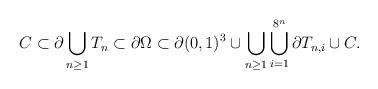
LaTeX: \begin{align*}C\subset \partial \bigcup_{n\geq 1} T_n\subset \partial \Omega \subset \partial(0,1)^3 \cup \bigcup_{n\ge 1}\bigcup_{i=1}^{8^n}\partial T_{n,i} \cup C.\end{align*}